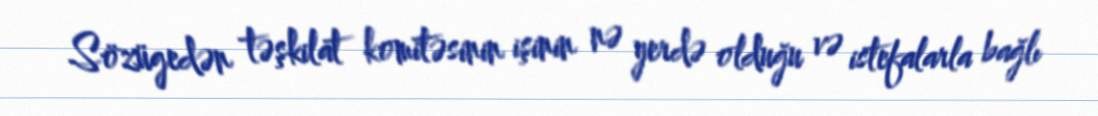
Sözügedən təşkilat komitəsinin işinin nə yerdə olduğu və istefalarla bağlı